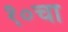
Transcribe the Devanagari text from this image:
१०चा